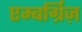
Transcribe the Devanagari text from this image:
एम्बर्ग्रिज़